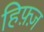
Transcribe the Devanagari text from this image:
हिफ़्ज़